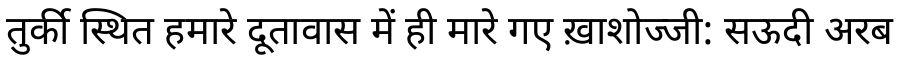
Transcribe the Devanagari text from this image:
तुर्की स्थित हमारे दूतावास में ही मारे गए ख़ाशोज्जी: सऊदी अरब